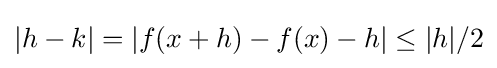
|h-k|=|f(x+h)-f(x)-h|\leq |h|/2